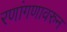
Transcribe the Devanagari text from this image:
रणांगणावरुन